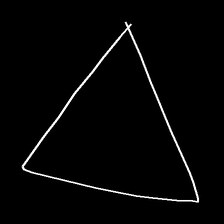
Glyph: convergence